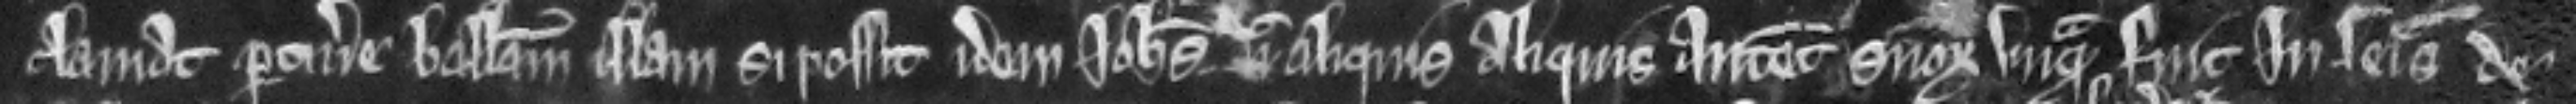
clamat pertinere ballivam illam. si possit idem Johannes nec aliquis aliquis antecessorum suorum unquam fuit in seisina de